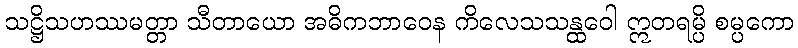
သဋ္ဌိသဟဿမတ္တာ သီတာယော အဓိကဘာဝေန ကိလေသသန္ထဝေါ ဣတရမ္ပိ စမ္ပကော